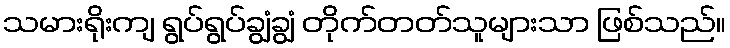
သမားရိုးကျ ရွပ်ရွပ်ချွံချွံ တိုက်တတ်သူများသာ ဖြစ်သည်။